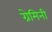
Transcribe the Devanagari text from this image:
ग्रेमिनी